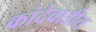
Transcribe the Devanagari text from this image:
कांदेवाडीत